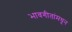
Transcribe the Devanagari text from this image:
भावगीतांमधून